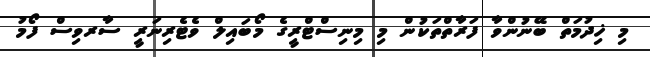
މި ޚިދުމަތް ބޭނުންވާ ފަރާތްތަކުން މި މިނިސްޓްރީގެ މޯބައިލް ވެޓެރިނަރީ ސާރވިސް ފޯމު